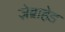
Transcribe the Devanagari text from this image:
ज़ेब्राहेड